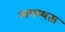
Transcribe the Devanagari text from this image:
अगम्यता